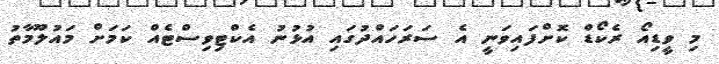
މި ވީޑިއޯ ރެކޯޑް ކޮށްފައިވަނީ އެ ސަރަހައްދުގައި އުޅުނު އެކްޓިވިސްޓެއް ކަމަށް މައުލޫމާތު